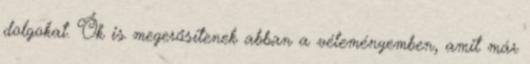
dolgokat. Ők is megerősítenek abban a véleményemben, amit már